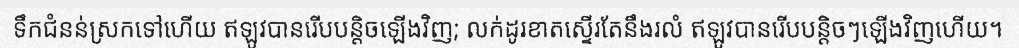
ទឹកជំនន់ស្រកទៅហើយ ឥឡូវបានរើបបន្តិចឡើងវិញ; លក់ដូរខាតស្ទើរតែនឹងរលំ ឥឡូវបានរើបបន្តិចៗឡើងវិញហើយ។